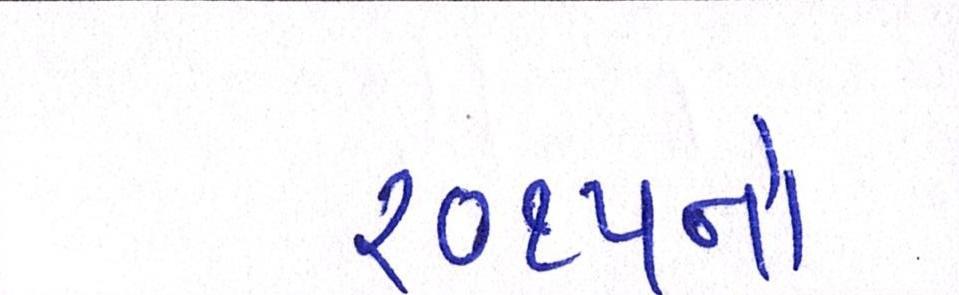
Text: ૨૦૧૫નો